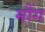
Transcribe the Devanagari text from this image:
मौंग